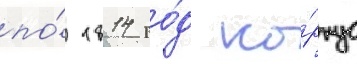
по́ 1814 го́д ко́рпус